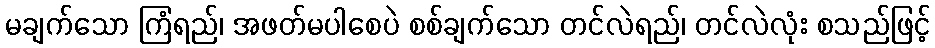
မချက်သော ကြံရည်၊ အဖတ်မပါစေပဲ စစ်ချက်သော တင်လဲရည်၊ တင်လဲလုံး စသည်ဖြင့်